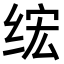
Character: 𫟄